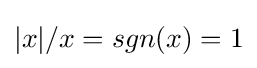
|x|/x=sgn(x)=1